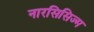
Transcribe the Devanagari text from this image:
नारसिसिज्म